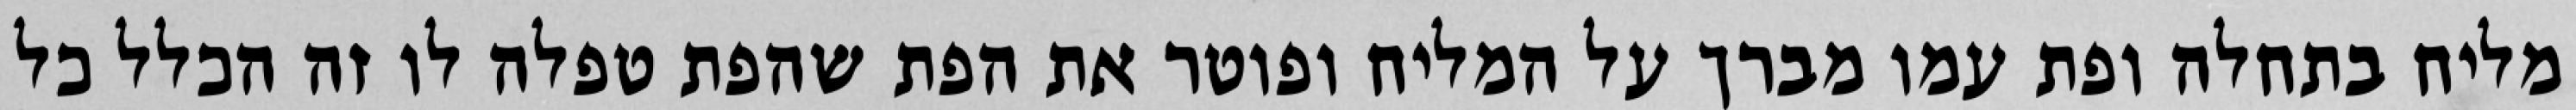
מליח בתחלה ופת עמו מברך על המליח ופוטר את הפת שהפת טפלה לו זה הכלל כל